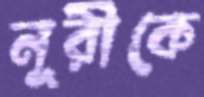
নূরীকে